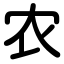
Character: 农